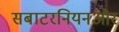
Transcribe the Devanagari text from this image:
सबाटरनियनऔर